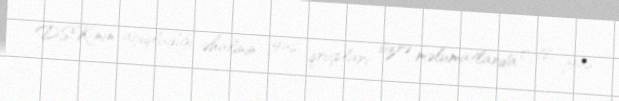
DSK-nın açıqladığı əhalinin yaş qrupları üzrə məlumatlarda 0-18 yaş